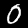
Digit: 0